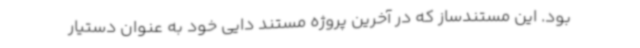
بود. این مستندساز که در آخرین پروژه مستند دایی خود به عنوان دستیار